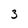
Character: 3